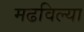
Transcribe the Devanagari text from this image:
मढविल्या